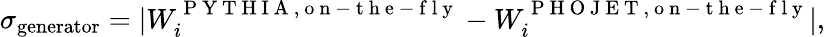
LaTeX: \sigma_{\mathrm{generator}}=|{W}_{i}^{\mathrm{~P~Y~T~H~I~A~,~o~n~-~t~h~e~-~f~l~y~}}-{W}_{i}^{\mathrm{~P~H~O~J~E~T~,~o~n~-~t~h~e~-~f~l~y~}}|,